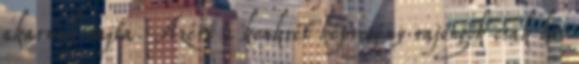
akarnak rajta. Azért a konkrét képregény rajongók csak kis